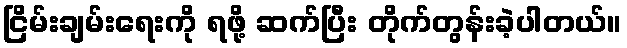
ငြိမ်းချမ်းရေးကို ရဖို့ ဆက်ပြီး တိုက်တွန်းခဲ့ပါတယ်။